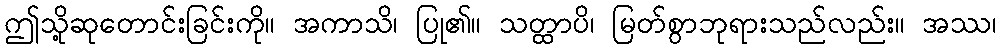
ဤသို့ဆုတောင်းခြင်းကို။ အကာသိ၊ ပြု၏။ သတ္ထာပိ၊ မြတ်စွာဘုရားသည်လည်း။ အဿ၊